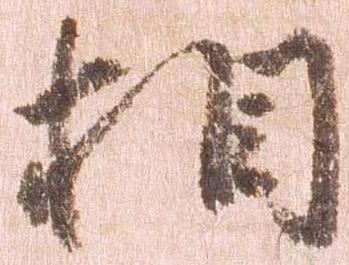
相